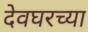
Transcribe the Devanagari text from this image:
देवघरच्या